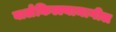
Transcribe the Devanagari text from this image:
बालेकिल्ल्यामागील